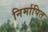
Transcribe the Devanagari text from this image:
निर्मापित